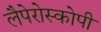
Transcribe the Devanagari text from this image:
लैपेरोस्कोपी